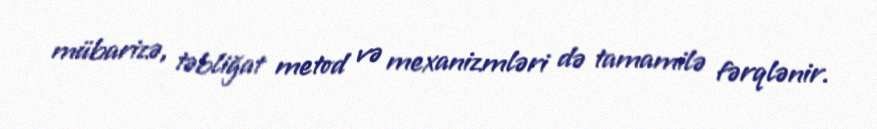
mübarizə, təbliğat metod və mexanizmləri də tamamilə fərqlənir.